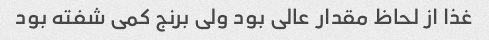
غذا از لحاظ مقدار عالی بود ولی برنج کمی شفته بود